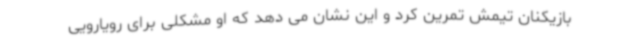
بازیکنان تیمش تمرین کرد و این نشان می دهد که او مشکلی برای رویارویی